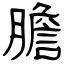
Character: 膽